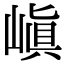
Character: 嵮